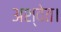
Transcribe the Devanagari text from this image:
अश्वेत।